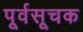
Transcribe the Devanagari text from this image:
पूर्वसूचक